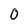
Character: 0